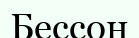
Бессон